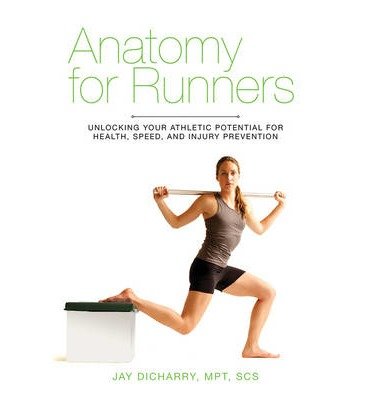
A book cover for Anatomy for Runners: Unlocking Your Athletic Potential for Health, Speed, and Injury Prevention [Paperback] [2012] (Author) Jay Dicharry; Jay Dicharry; Health, Fitness & Dieting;